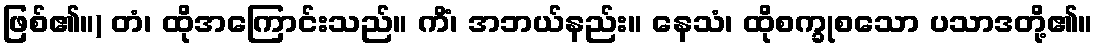
ဖြစ်၏။) တံ၊ ထိုအကြောင်းသည်။ ကိံ၊ အဘယ်နည်း။ နေသံ၊ ထိုစက္ခုစသော ပသာဒတို့၏။